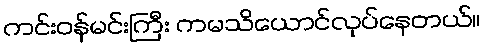
ကင်းဝန်မင်းကြီး ကမသိယောင်လုပ်နေတယ်။